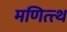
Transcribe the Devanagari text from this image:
मणित्त्थ